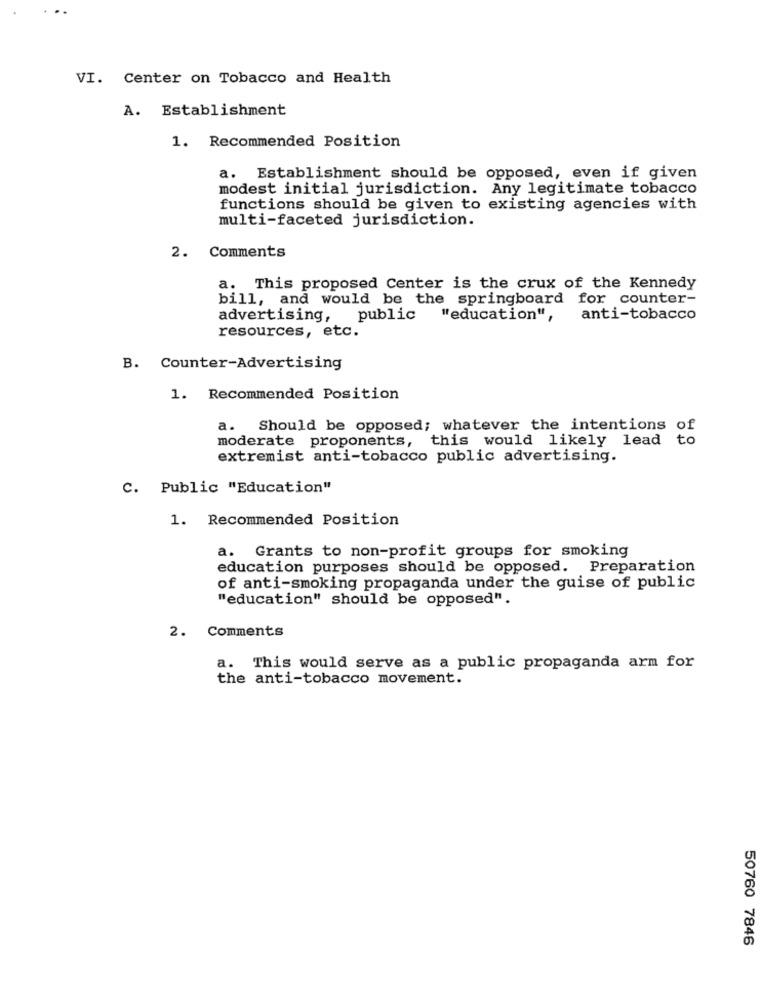
VI. Center on Tobacco and Health
A. Establishment
1. Recommended Position
a. Establishment should be opposed, even if given
modest initial jurisdiction. Any legitimate tobacco
functions should be given to existing agencies with
multi-faceted jurisdiction.
2. Comments
a. This proposed Center is the crux of the Kennedy
bill, and would be the springboard for counter-
advertising,
public
"education",
anti-tobacco
resources, etc.
B. Counter-Advertising
1. Recommended Position
a. Should be opposed; whatever the intentions of
moderate proponents, this would likely lead to
extremist anti-tobacco public advertising.
C. Public "Education"
1. Recommended Position
a. Grants to non-profit groups for smoking
education purposes should be opposed. Preparation
of anti-smoking propaganda under the guise of public
"education" should be opposed".
2. Comments
a. This would serve as a public propaganda arm for
the anti-tobacco movement.
50760 7846